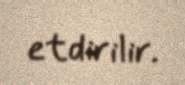
etdirilir.